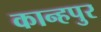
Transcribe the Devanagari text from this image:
कान्हपुर